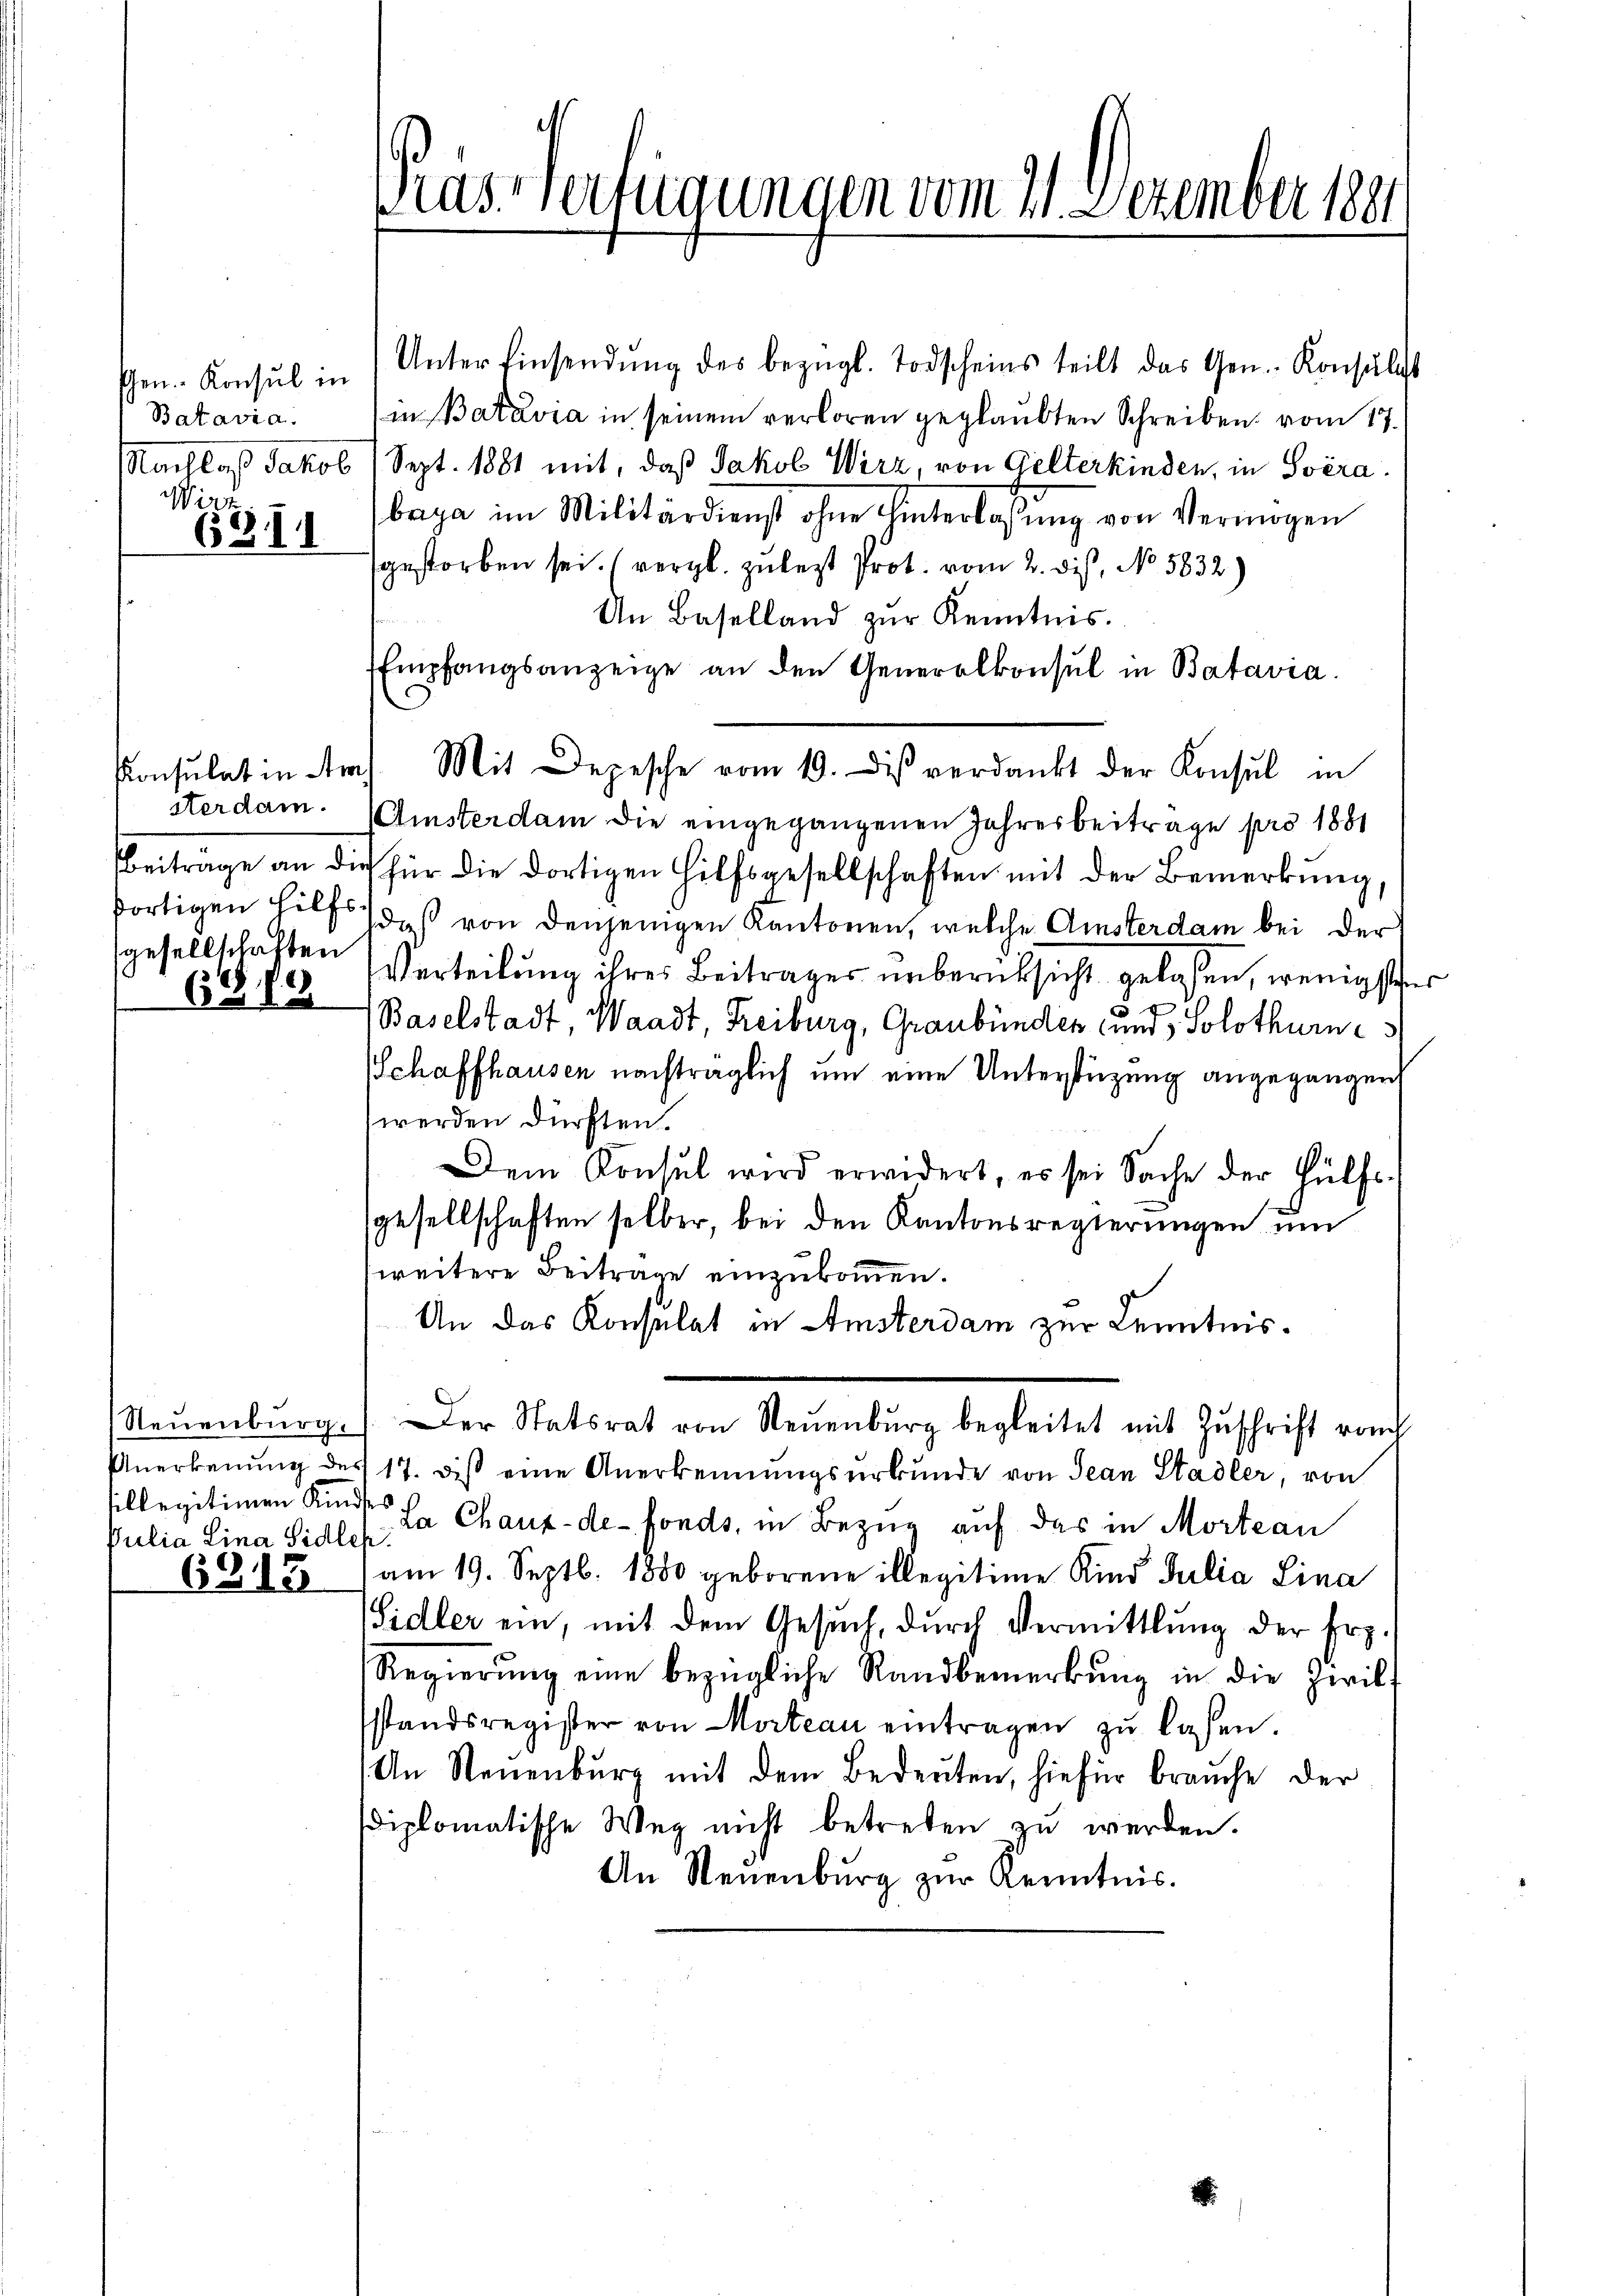
Gen. Konsul in
Batavia.
Nachlaß Jakob
Wirz

6311

Konsulat in Am
iterdam.
Beitrage an die
fortigen Hilfsgesellschaften

(G,89

Neuenburg.
Anerkennung des
sillegitimen Kind
Pulia Lina Sidle
6915

ras Verfügungen vom 21. Dezember 1891

Unter Einsendŭng des bezügl. Todscheins teilt das Gen. Konsuls
in Batavia in seinem verloren geglaubten Schreiben vom 17.
Sept. 1881 mit, daß Jakob Wirz, von Gelterkinden, in Svérabaya im Militärdienst ohne hinterlassung von Vermögen
gestorben sei. (vergl. zulezt Prot. vom 2. dis, No 5832)
An Baselland zŭr Kenntnis.
Empfangsanzeige an den Generalkonsul in Batavia.
Mit Depesche vom 19. diβ verdankt der Konsul in
Amsterdam die eingegangenen Jahresbeitrage pro 1881
für die dortigen Hilfsgesellschaften mit der Bemerkung,
das von denjenigen Kantonen, welche Amsterdam bei der
Verteilung ihres Beitrages unberücksicht gelassen, wenigste
Baselstadt, Waadt, Freiburg, Graubünden und Solothurn
Schaffhausen nachträglich um eine Unterstüzung angegangen
werden dürften.
Dem Konsul wird erwidert, es sei Sache der Hülfs-
sgesellschaften selber, bei den Kantonsregierungen um
weitere Beitrage einzukommen.
An das Konsulat in Amsterdam zur Kenntnis.
Der Statsrat von Neuenburg begleitet mit Zŭschrift von
17. diß eine Anerkennungsurkunde von Jean Stadler, von
es
La Chaux-de-Fonds, in Bezug auf das in Mortean
am 19. Septb. 1880 geborene illegitime Kind Julia Lina
Sidler ein, mit dem Gesŭch, durch Vermittlung der Erz-
Regierŭng eine bezügliche Randbemerkung in die Zwilstandsregister von Mordeau eintragen zŭ lassen.
An Neuenburg mit dem Bedeŭten, hiefür brauche der
diplomatische Weg nicht betreten zu werden.
An Neuenburg zŭr Kenntnis.